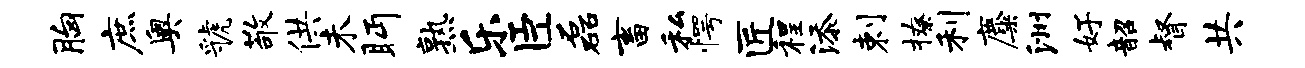
胸庶奥虢敬供未眄熟乐臣磊畜私愕匠程添剌撩利麋洲好韶督共